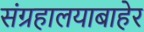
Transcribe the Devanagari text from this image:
संग्रहालयाबाहेर